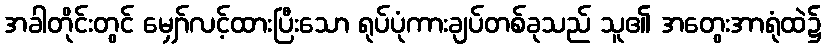
အခါတိုင်းတွင် မျှော်လင့်ထားပြီးသော ရုပ်ပုံကားချပ်တစ်ခုသည် သူ၏ အတွေးအာရုံထဲ၌